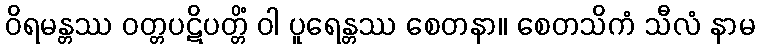
ဝိရမန္တဿ ဝတ္တပဋိပတ္တိံ ဝါ ပူရေန္တဿ စေတနာ။ စေတသိကံ သီလံ နာမ